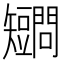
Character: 𥐔